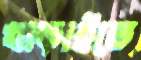
খাড়াইতে